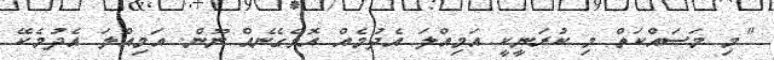
"މި މަސައްކަތް މި ކުރަނީކީ އަމިއްލަ އެދުމެއް އޮވެގެނެއް ނޫން. އަމިއްލަ އެދުމެކޭ